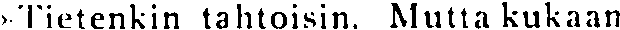
»Tietenkin tahtoisin. Mutta kukaan